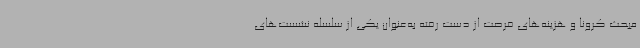
مبحث کرونا و هزینه‌های فرصت از دست رفته به‌عنوان یکی از سلسله نشست‌های